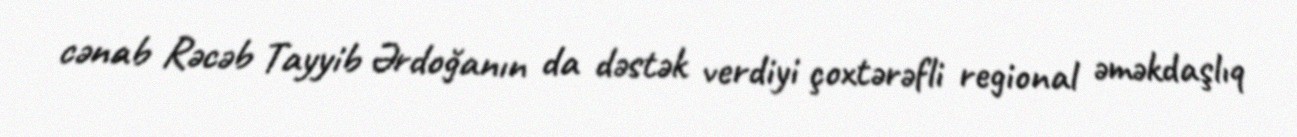
cənab Rəcəb Tayyib Ərdoğanın da dəstək verdiyi çoxtərəfli regional əməkdaşlıq